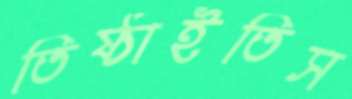
তিষ্ঠাইতিস